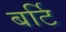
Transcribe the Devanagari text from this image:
बर्टि